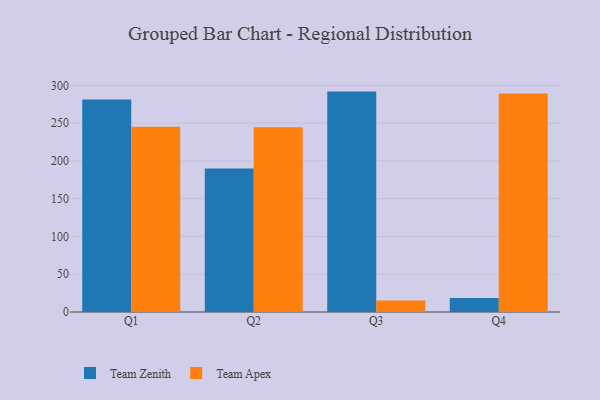
{"axis": {"x": "Quarter", "y": "Backlog"}, "legend": ["Team Apex", "Team Zenith"], "data": [{"x": "Q1", "y": 281.3, "type": "Team Zenith"}, {"x": "Q1", "y": 245.1, "type": "Team Apex"}, {"x": "Q2", "y": 189.9, "type": "Team Zenith"}, {"x": "Q2", "y": 244.5, "type": "Team Apex"}, {"x": "Q3", "y": 291.7, "type": "Team Zenith"}, {"x": "Q3", "y": 15.2, "type": "Team Apex"}, {"x": "Q4", "y": 18.4, "type": "Team Zenith"}, {"x": "Q4", "y": 289.2, "type": "Team Apex"}]}